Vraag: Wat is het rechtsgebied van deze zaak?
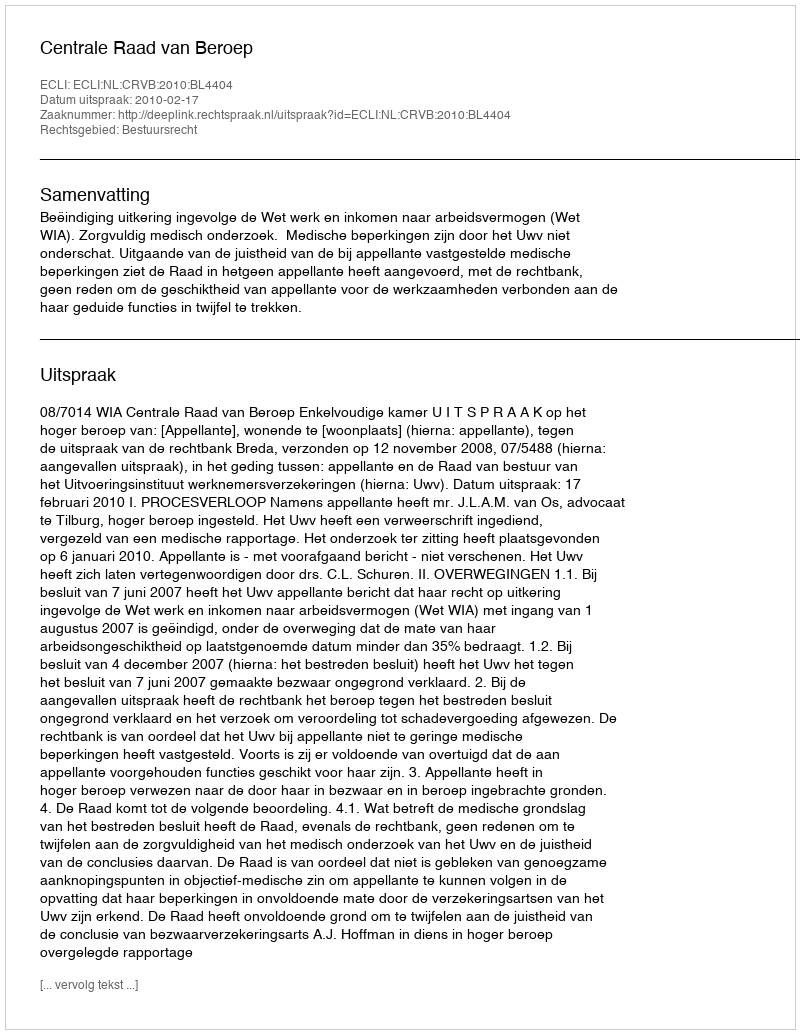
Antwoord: Bestuursrecht